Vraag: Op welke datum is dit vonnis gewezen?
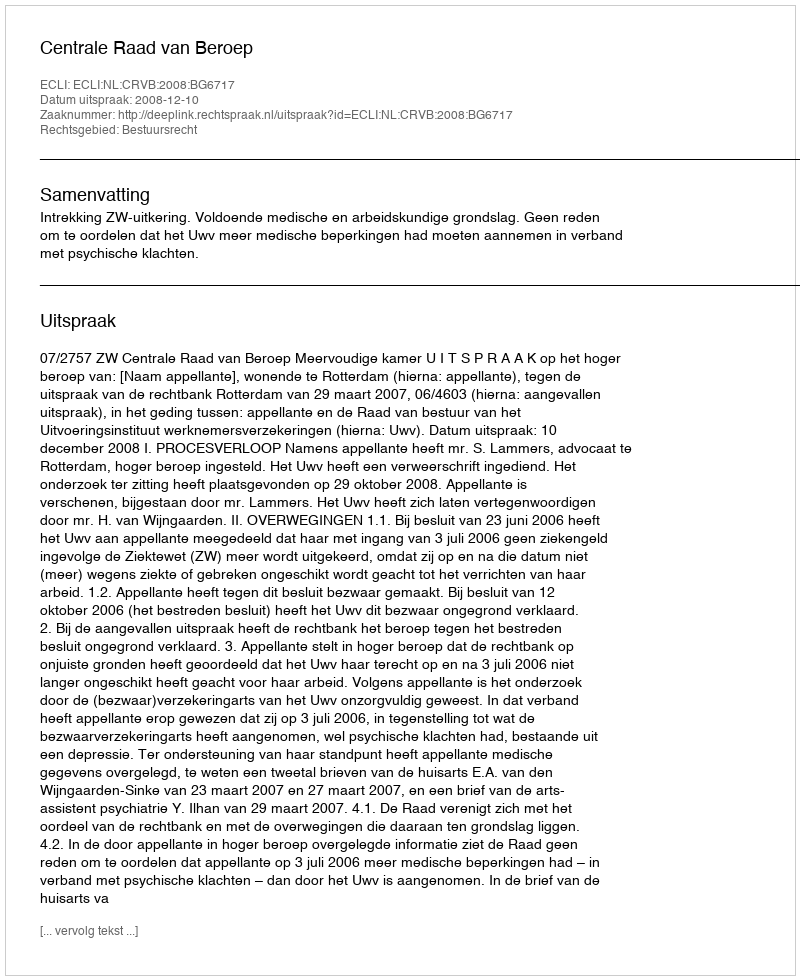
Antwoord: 2008-12-10